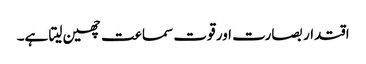
اقتدار بصارت اور قوت سماعت چھین لیتا ہے۔